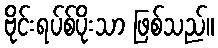
ဗိုင်းရပ်စ်ပိုးသာ ဖြစ်သည်။